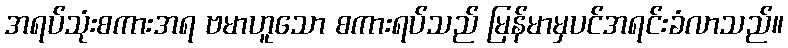
အရပ်သုံးစကားအရ ဗမာဟူသော စကားရပ်သည် မြန်မာမှပင်အရင်းခံလာသည်။